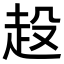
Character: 𧺢